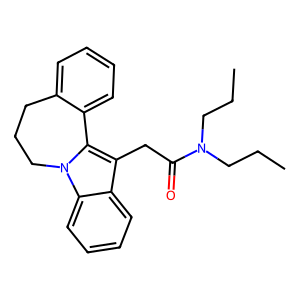
SMILES: CCCN(CCC)C(=O)Cc1c2n(c3ccccc13)CCCc1ccccc1-2
Inhibits HIV replication: No